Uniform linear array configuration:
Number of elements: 12
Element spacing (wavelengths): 0.25
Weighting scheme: hamming
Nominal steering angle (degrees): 60
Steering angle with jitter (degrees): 61.573
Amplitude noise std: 0.05
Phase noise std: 0.05

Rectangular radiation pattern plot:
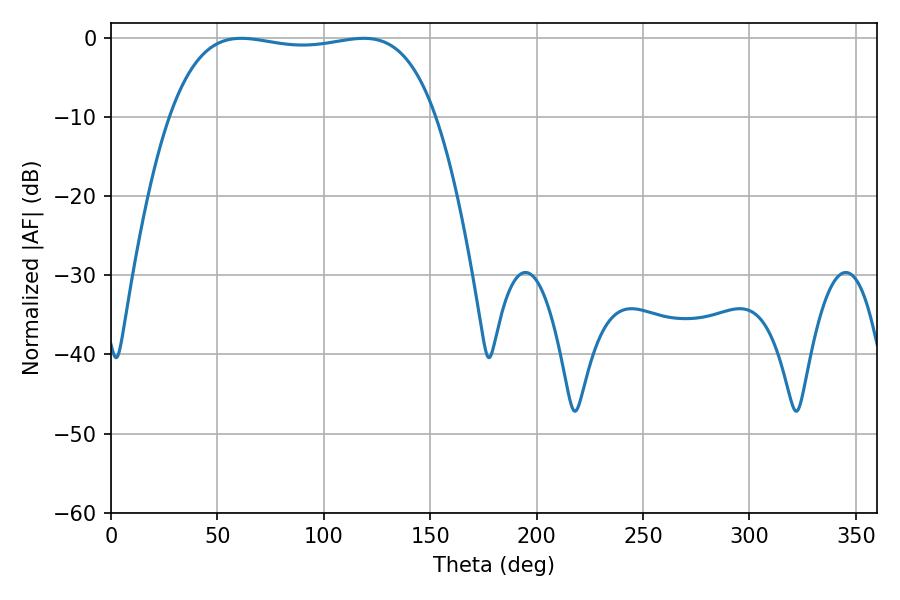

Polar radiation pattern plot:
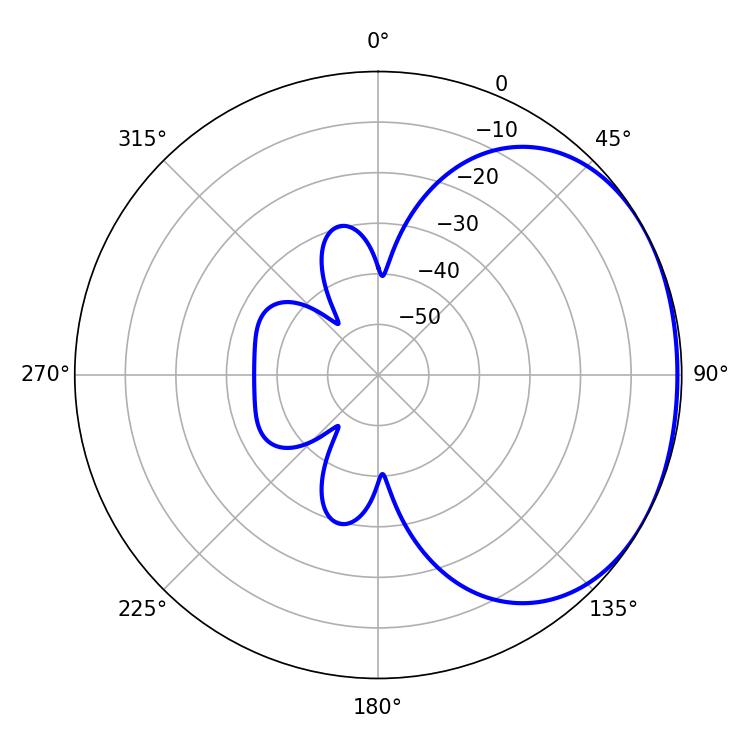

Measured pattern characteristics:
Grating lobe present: FALSE
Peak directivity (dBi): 1.481
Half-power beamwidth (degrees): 99.72
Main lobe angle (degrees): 61.2